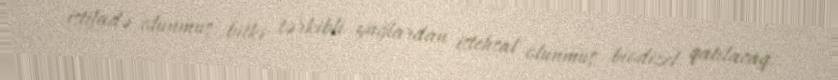
istifadə olunmuş bitki tərkibli yağlardan istehsal olunmuş biodizel qatılacaq.